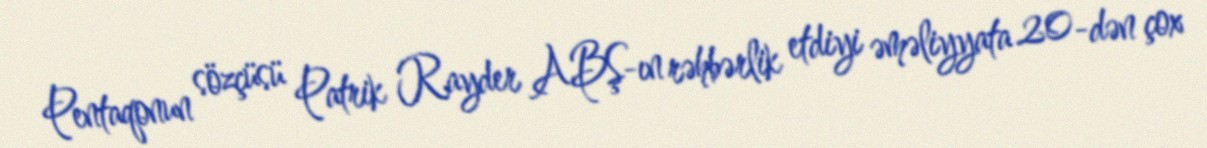
Pentaqonun sözçüsü Patrik Rayder ABŞ-ın rəhbərlik etdiyi əməliyyata 20-dən çox